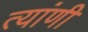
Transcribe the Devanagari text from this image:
त्यांणी